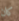
كان